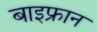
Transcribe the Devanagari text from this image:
बाइफ्रान